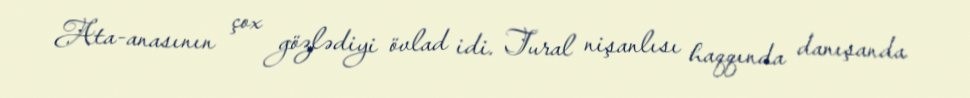
Ata-anasının çox gözlədiyi övlad idi. Tural nişanlısı haqqında danışanda